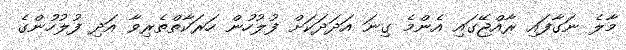
މާލެ ނަގާފައި ރާއްޖޭގައި އެންމެ ގިނަ އަދަދަކަށް ފުލުހުން ހަރަކާތްތެރިވާ އަދި ފުލުހުންގެ